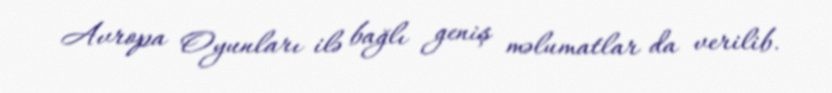
Avropa Oyunları ilə bağlı geniş məlumatlar da verilib.